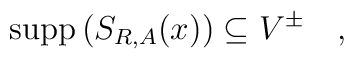
\mbox{supp} \, (S_{R,A}(x)) \subseteq V^{\pm} \quad ,